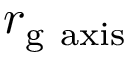
r _ { \mathrm { g } { \mathrm { ~ a x i s } } }